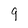
Character: g